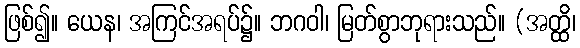
ဖြစ်၍။ ယေန၊ အကြင်အရပ်၌။ ဘဂဝါ၊ မြတ်စွာဘုရားသည်။ (အတ္ထိ၊